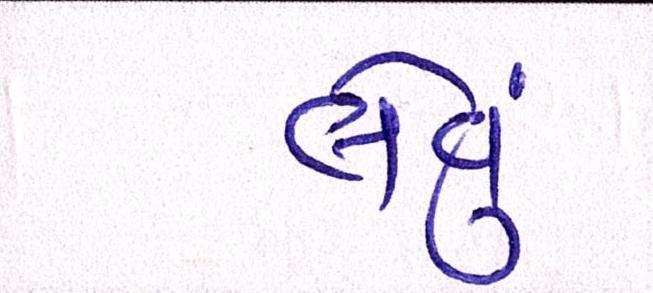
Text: લેવું